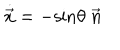
LaTeX: { \dot { \vec { x } } } = - \mathrm { s i n } \theta \; \vec { n }